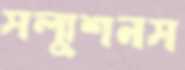
সল্যুশনস